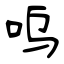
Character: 呜